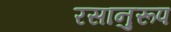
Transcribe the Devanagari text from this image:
रसानुरूप